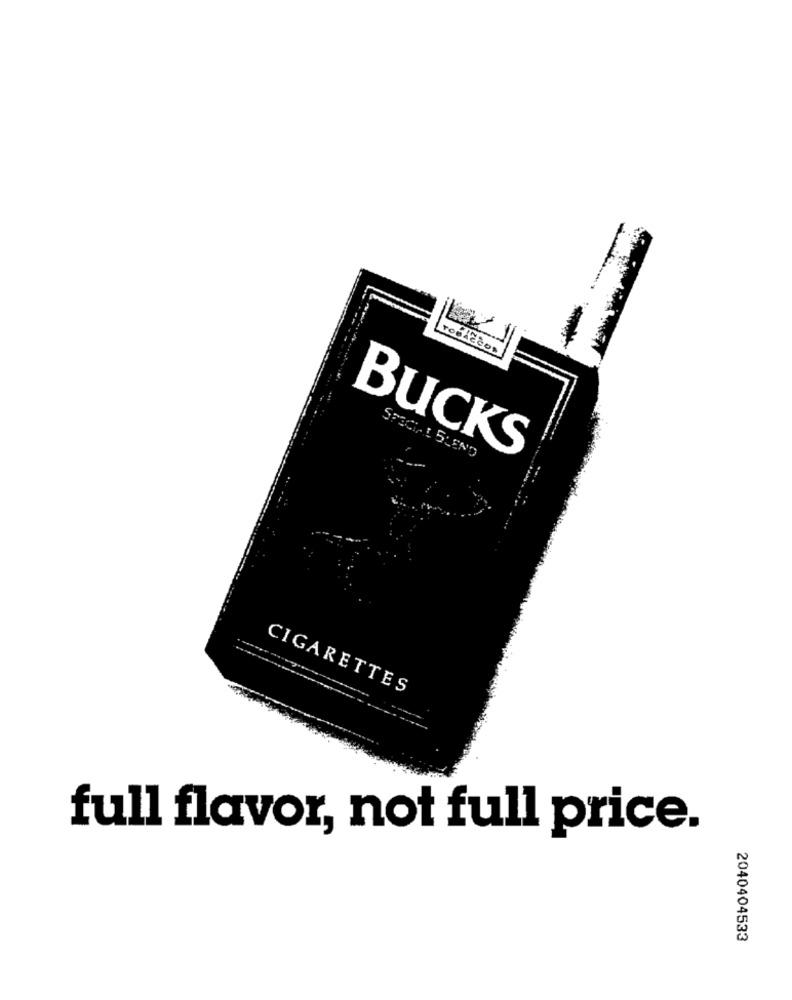
BUCKS
SPECIAL BLEND
CIGARETTES
full flavor, not full price.
2040404533